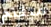
متقدم